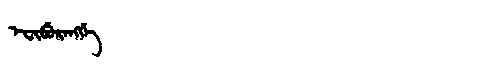
Manchu: ᡝᠸᡳᠪᡠᡵᡝᠩᡤᡝ
Romanization: EFIBURENGGE